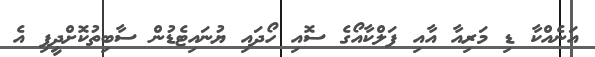
އަނެއްކާ ޑި މަރިއާ އާއި ފަލްކާއޯގެ ސޮއި ހޯދައި ޔުނައިޓެޑުން ސާބިތުކޮށްދީފި އެ